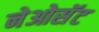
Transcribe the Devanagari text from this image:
नेओसॅट